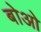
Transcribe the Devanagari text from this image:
बोओ